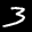
Label: 3